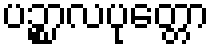
ပဉ္စာလပုတ္တော